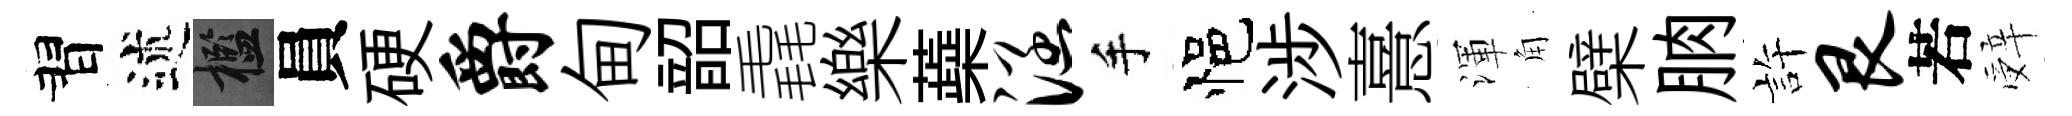
習述檻員硬爵甸韶毳樂蘃涵手悒涉憙渾角檗朒許艮若辤